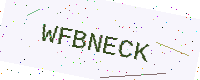
Text: WFBNECK